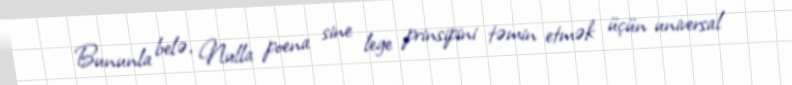
Bununla belə, Nulla poena sine lege prinsipini təmin etmək üçün universal